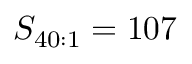
S _ { 4 0 : 1 } = 1 0 7